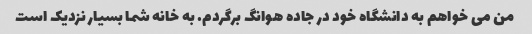
من می خواهم به دانشگاه خود در جاده هوانگ برگردم. به خانه شما بسیار نزدیک است